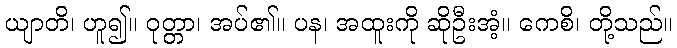
ယျာတိ၊ ဟူ၍။ ဝုတ္တာ၊ အပ်၏။ ပန၊ အထူးကို ဆိုဦးအံ့။ ကေစိ၊ တို့သည်။